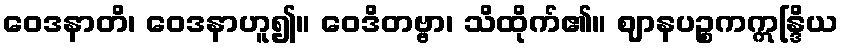
ဝေဒနာတိ၊ ဝေဒနာဟူ၍။ ဝေဒိတဗ္ဗာ၊ သိထိုက်၏။ ဈာနပဉ္စကဣန္ဒြိယ